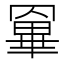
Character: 𦌎